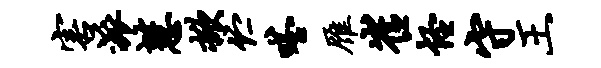
害派慧掀伫嗒雁崔怪守王